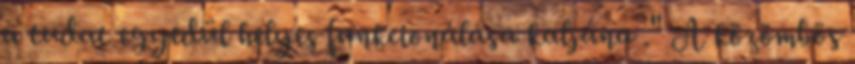
a tudat egyedül helyes funkcionálása kaljána ." A közömbös